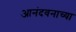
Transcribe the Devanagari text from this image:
आनंदवनाच्या